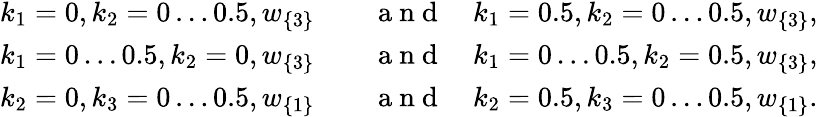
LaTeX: \begin{array}{rl}{k_{1}=0,k_{2}=0\ldots 0.5,w_{\{ 3\} }\quad}&{{}\mathrm{~a~n~d~}\quad k_{1}=0.5,k_{2}=0\ldots 0.5,w_{\{ 3\} },}\\ {k_{1}=0\ldots 0.5,k_{2}=0,w_{\{ 3\} }\quad}&{{}\mathrm{~a~n~d~}\quad k_{1}=0\ldots 0.5,k_{2}=0.5,w_{\{ 3\} },}\\ {k_{2}=0,k_{3}=0\ldots 0.5,w_{\{ 1\} }\quad}&{{}\mathrm{~a~n~d~}\quad k_{2}=0.5,k_{3}=0\ldots 0.5,w_{\{ 1\} }.}\end{array}